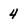
Character: 4